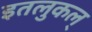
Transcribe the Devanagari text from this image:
इतलुकल्